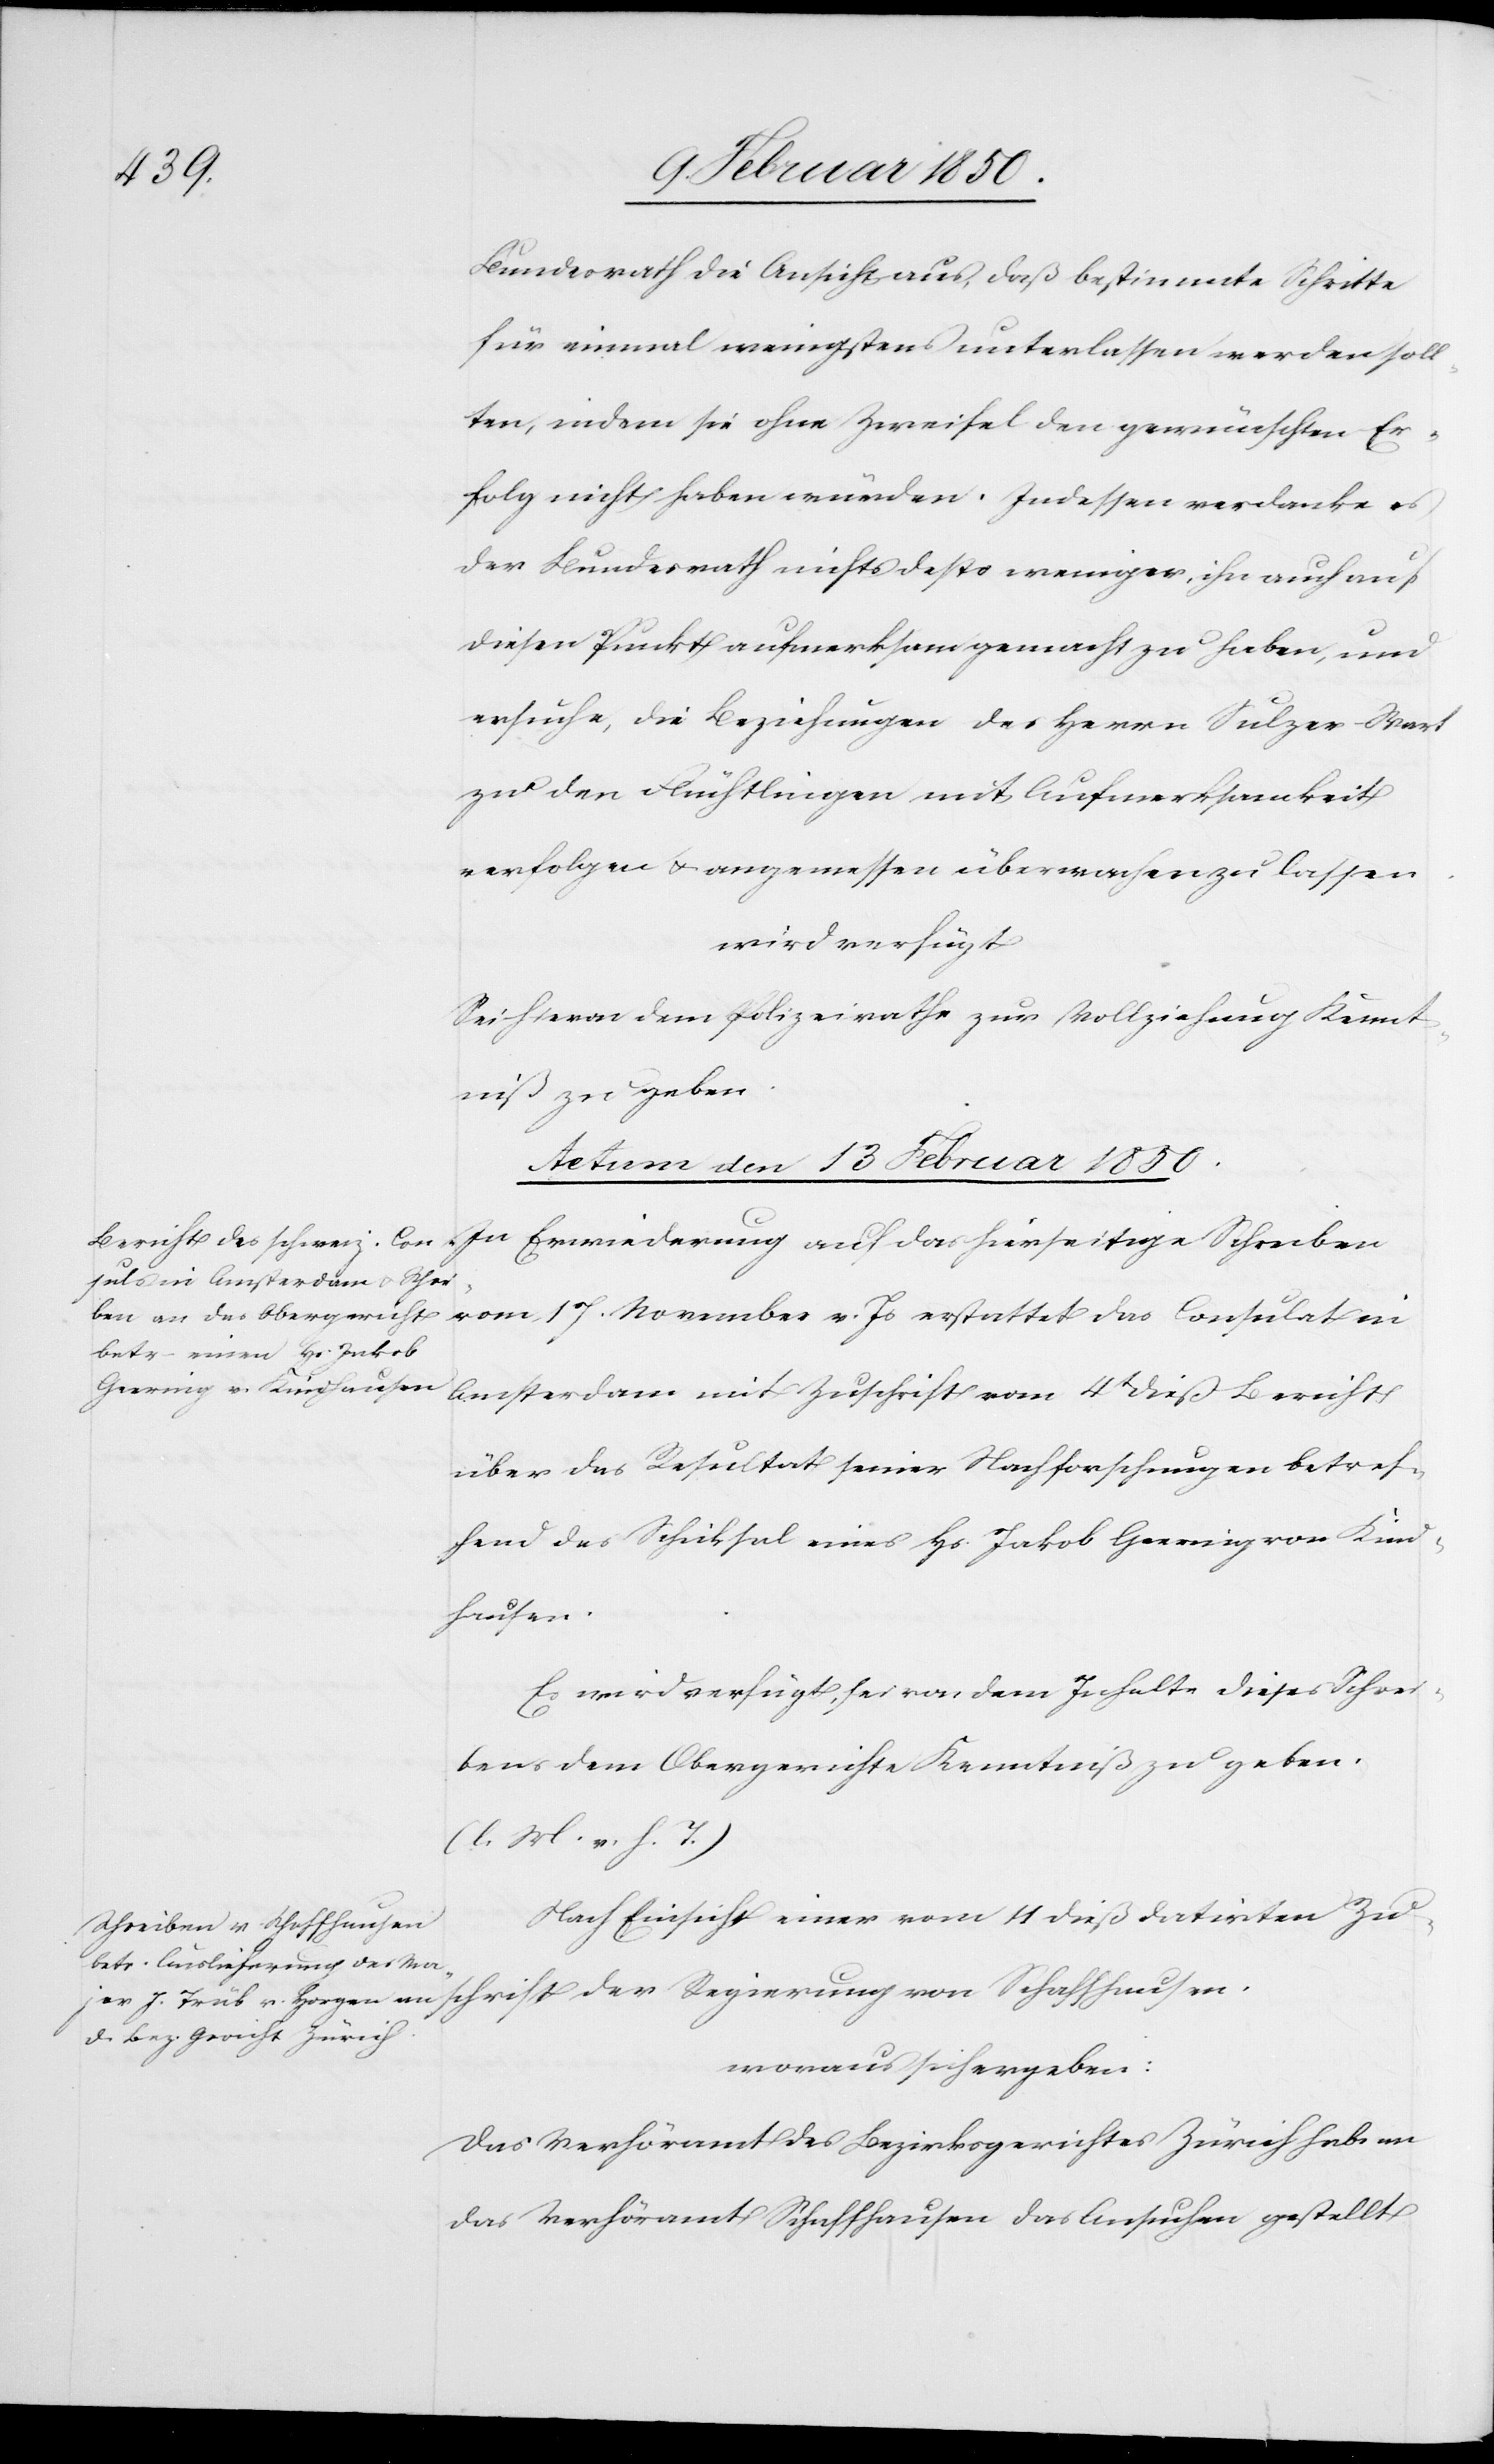
Bundesrath die Ansicht aus, daß bestimmte Schritte
für einmal wenigstens unterlassen werden soll¬
ten, indem sie ohne Zweifel den gewünschten Er¬
folg nicht haben würden. Indessen verdanke es
der Bundesrath nichts desto weniger, ihn auch auf
diesen Punkt aufmerksam gemacht zu haben, und
ersuche, die Beziehungen des Herrn Sulzer-Wart
zu den Flüchtlingen mit Aufmerksamkeit
verfolgen u. angemessen überwachen zu lassen
wird verfügt
Sei hievon dem Polizeirathe zur Vollziehung Kennt¬
niß zu geben.
Actum den 13 Februar 1850.]
In Erwiederung auf das hierseitige Schreiben
Amsterdam mit Zuschrift vom 4t dieß Bericht
über das Resultat seiner Nachforschungen betref¬
fend das Schicksal eines Hs. Jakob Geering von Kind¬
hausen.
Es wird verfügt, sei von dem Inhalte dieses Schrei¬
bens dem Obergerichte Kenntniß zu geben.
(l. M. v. h. T.)
Nach Einsicht einer vom 11 dieß datirten Zu¬
schrift der Regierung von Schaffhausen.
woraus sich ergeben:
Das Verhöramt des Bezirksgerichtes Zürich habe an
das Verhöramt Schaffhausen das Ansuchen gestellt